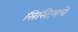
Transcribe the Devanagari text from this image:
सिस्टिमचे